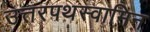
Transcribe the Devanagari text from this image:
उत्तरपथस्वामिन